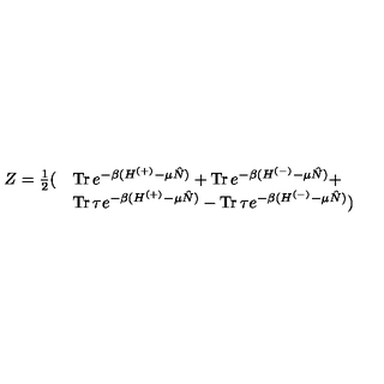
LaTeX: \begin{array} { l l } { Z = \frac { 1 } { 2 } ( } & { \mathrm { T r \thinspace } e ^ { - \beta ( H ^ { ( + ) } - \mu \hat { N } ) } + \mathrm { T r \thinspace } e ^ { - \beta ( H ^ { ( - ) } - \mu \hat { N } ) } + } \\ { } & { \mathrm { T r \thinspace } \tau e ^ { - \beta ( H ^ { ( + ) } - \mu \hat { N } ) } - \mathrm { T r \thinspace } \tau e ^ { - \beta ( H ^ { ( - ) } - \mu \hat { N } ) } ) } \\ \end{array}